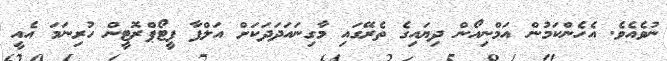
ނުވެއެވެ. އެހެންކަމުން އަމްނިއޯން ދިޔައިގެ ތެރޭގައި މާގިނައަދަދަކަށް އަލްފާ ފީޓޯޕްރޮޓީން ހުރިނަމަ އެއީ